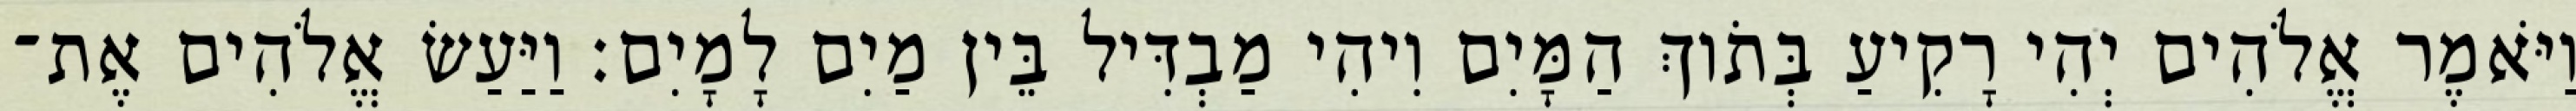
וַיֹּאמֶר אֱלֹהִים יְהִי רָקִיעַ בְּתֹוךְ הַמָּיִם וִיהִי מַבְדִּיל בֵּין מַיִם לָמָיִם׃ וַיַּעַשׂ אֱלֹהִים אֶת־